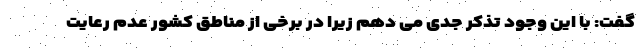
گفت: با این وجود تذکر جدی می دهم زیرا در برخی از مناطق کشور عدم رعایت